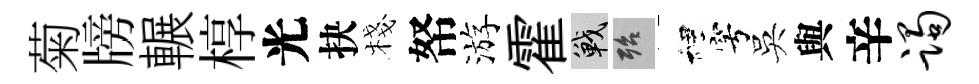
菊牓輾椁光抉棧帑游霍戰殆裡穹吳與辛躅